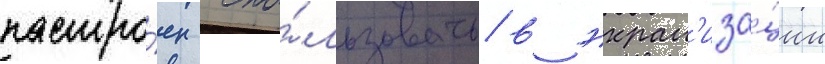
настро́ен испо́льзовать в экран'иза́ции